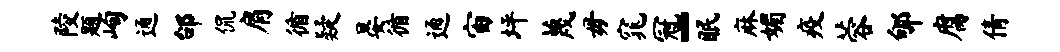
陵题峋通邰侃肩循疑晏循通宙坪蔑毋窕冠-眠麻媚疫蓉郇腐倩